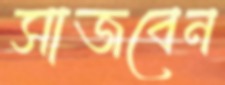
সাজবেন